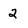
Character: 2